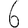
Digit: 6